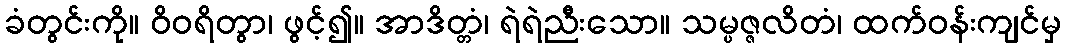
ခံတွင်းကို။ ဝိဝရိတွာ၊ ဖွင့်၍။ အာဒိတ္တံ၊ ရဲရဲညီးသော။ သမ္ပဇ္ဇလိတံ၊ ထက်ဝန်းကျင်မှ